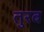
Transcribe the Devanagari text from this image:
तुरब